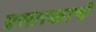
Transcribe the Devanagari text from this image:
प्रसारकाचे